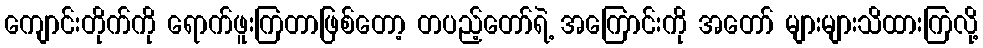
ကျောင်းတိုက်ကို ရောက်ဖူးကြတာဖြစ်တော့ တပည့်တော်ရဲ့ အကြောင်းကို အတော် များများသိထားကြလို့